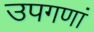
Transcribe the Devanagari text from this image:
उपगणां